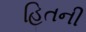
હિતની